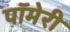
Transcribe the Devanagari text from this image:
पॉमेरी